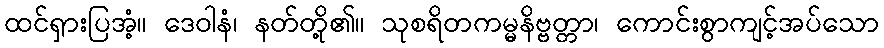
ထင်ရှားပြအံ့။ ဒေဝါနံ၊ နတ်တို့၏။ သုစရိတကမ္မနိဗ္ဗတ္တာ၊ ကောင်းစွာကျင့်အပ်သော